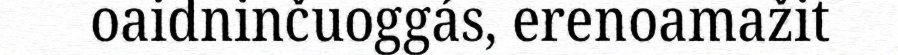
oaidninčuoggás, erenoamažit